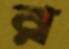
র